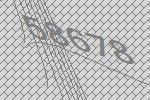
58678